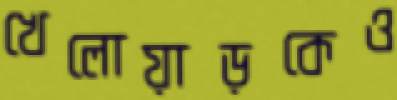
খেলোয়াড়কেও